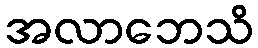
အလာဘေသိ